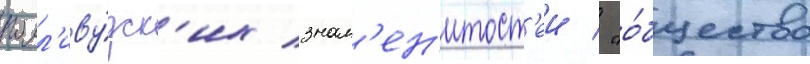
голл'иву́дск'их знам'ен'итост'еи / "о́бщество